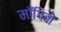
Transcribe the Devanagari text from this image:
माँगिबो